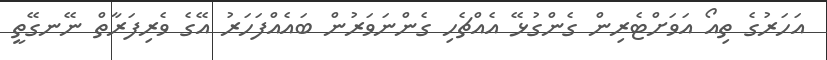
އަހަރުގެ ތިއޯ އަވަށްޓެރިން ގެންގުޅޭ އެއްޗެހި ގެންނަވަރުން ބައެއްފަހަރު އޭގެ ވެރިފަރާތް ނޭނގޭތީ